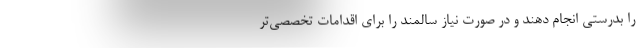
را بدرستی انجام دهند و در صورت نیاز سالمند را برای اقدامات تخصصی‌تر